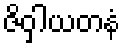
ဇိဝှါယတနံ